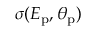
\sigma ( E _ { \mathrm { p } } , \theta _ { \mathrm { p } } )